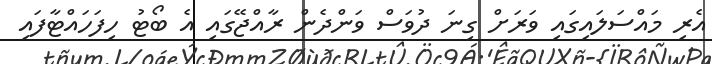
އެރި މައްސަލައިގައި ވަރަށް ގިނަ ދުވަސް ވަންދެން ރާއްޖޭގައި އެ ބޯޓު ހިފަހައްޓާފައި